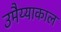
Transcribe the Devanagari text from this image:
उमैय्याकाल